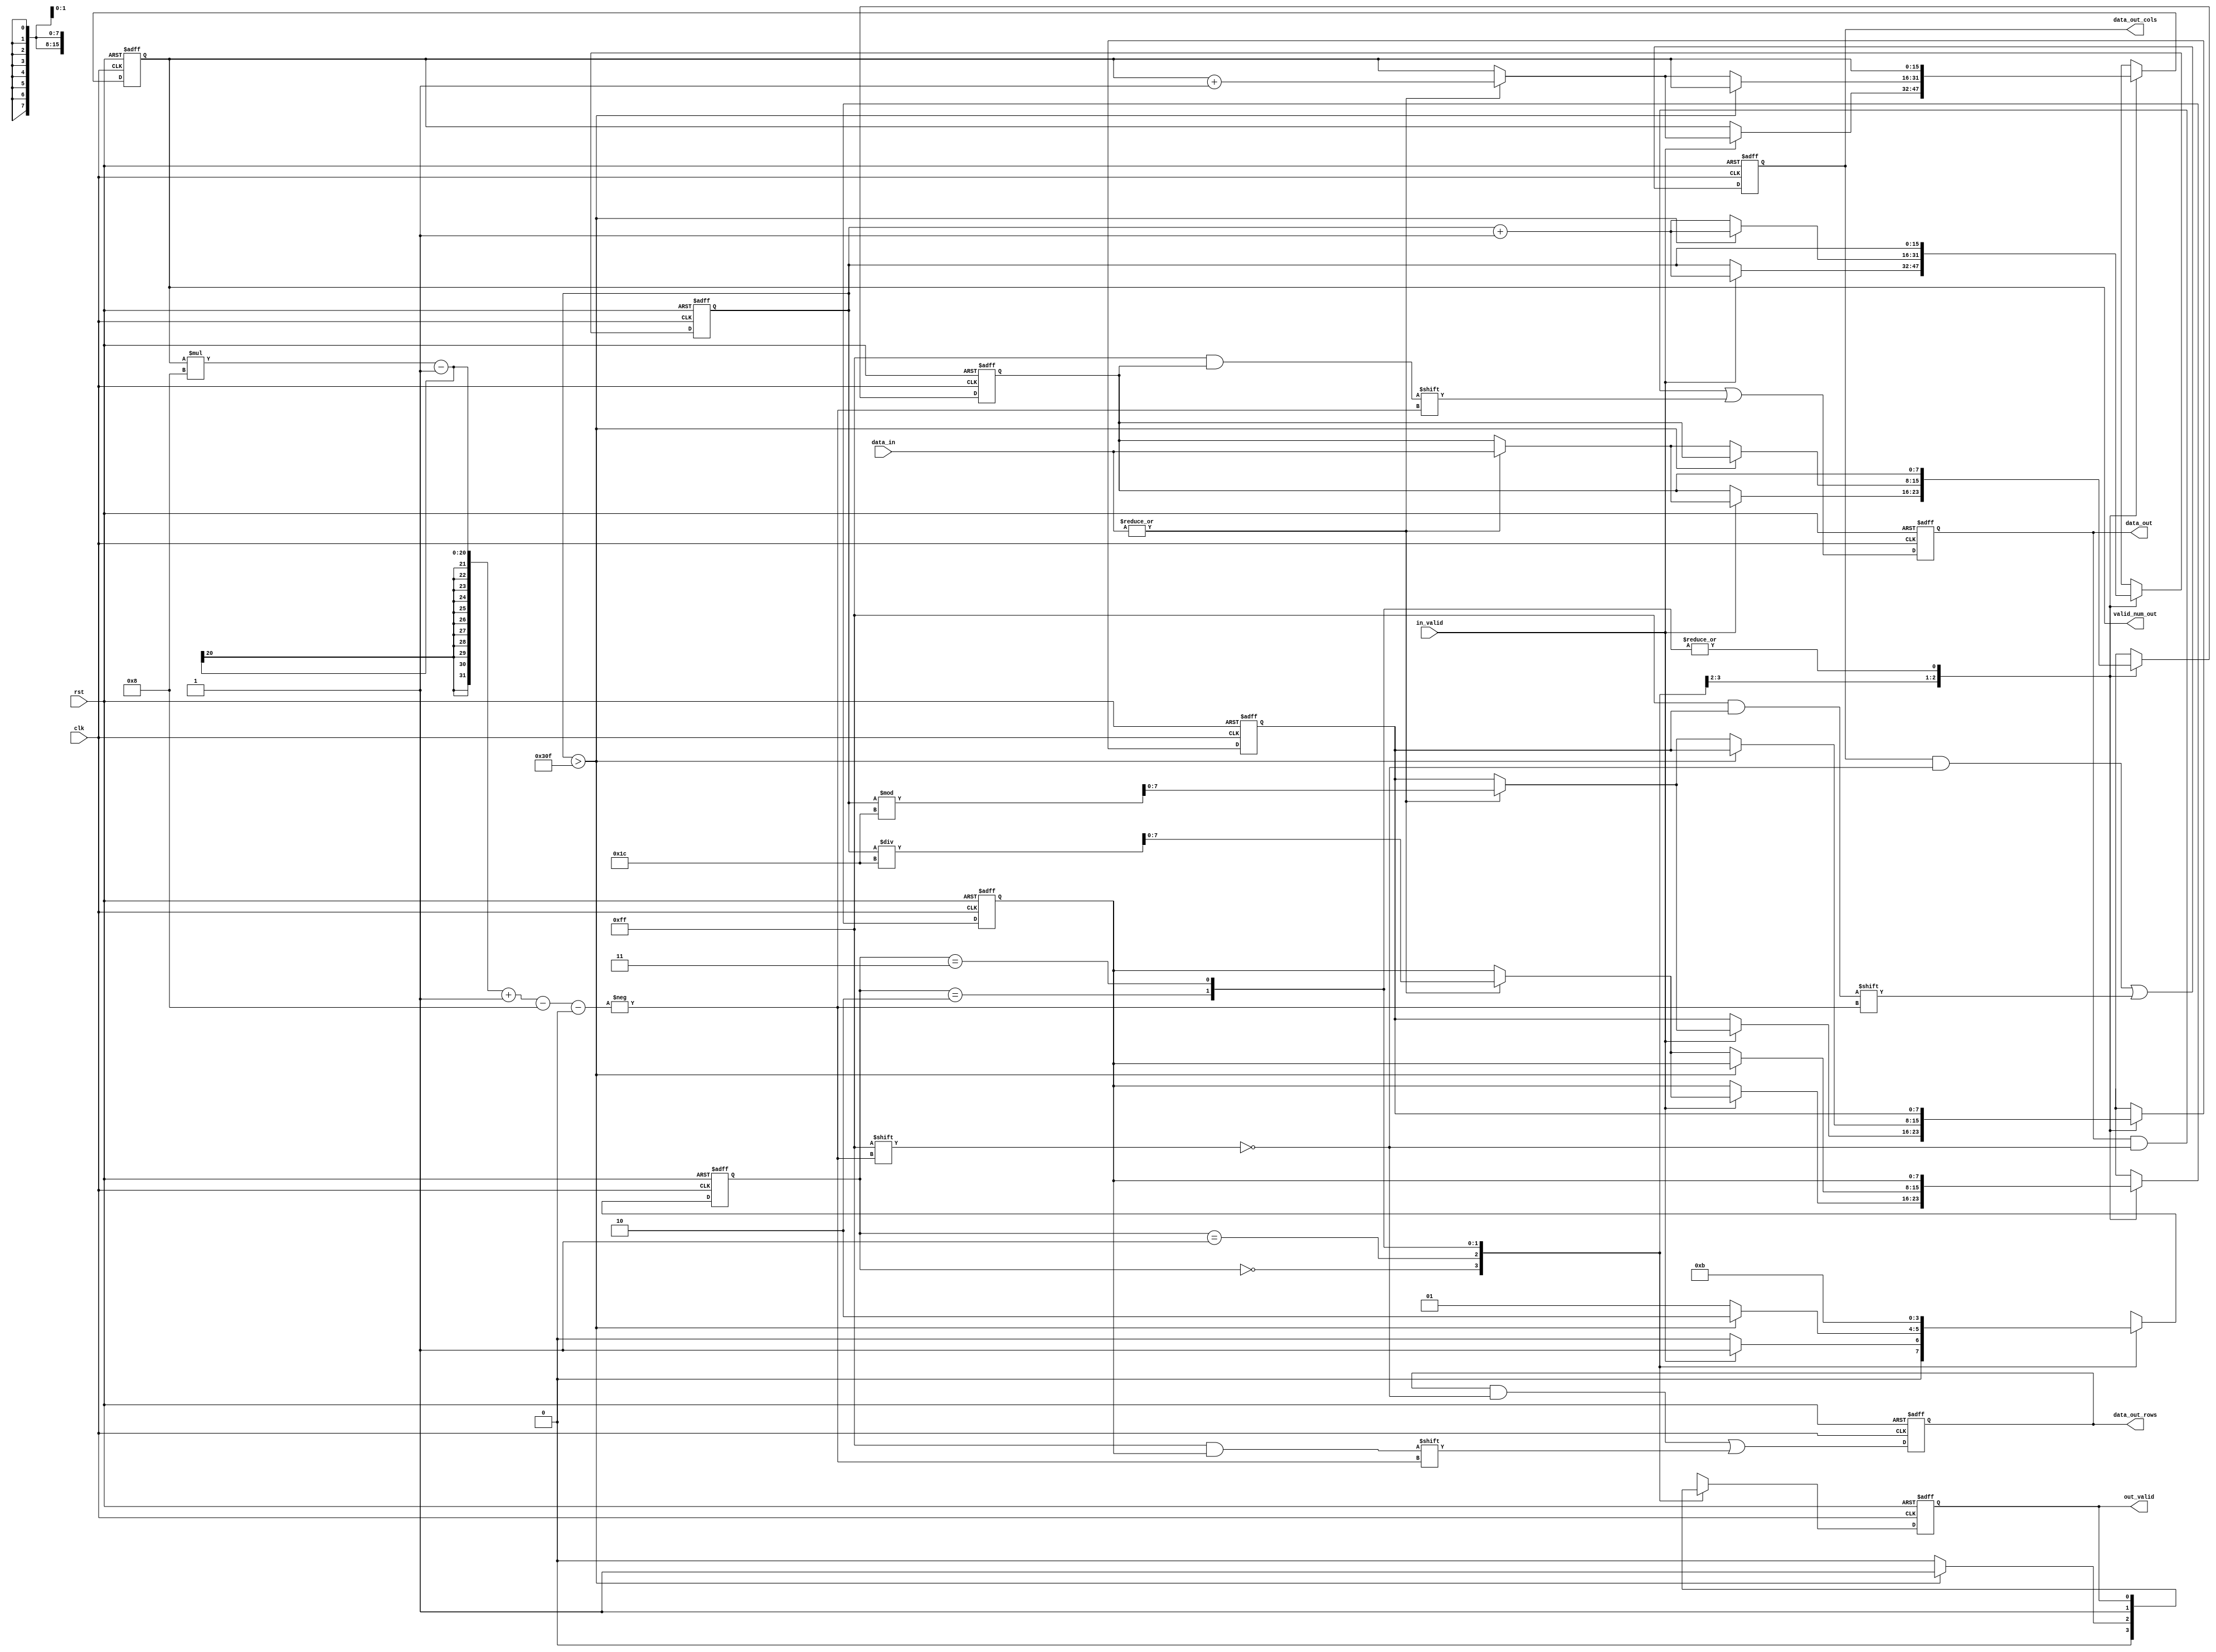
module CSR#
(
    parameter col_length = 8,
    parameter word_length = 8,
    parameter double_word_length = 16,
    parameter kernel_size = 5,
    parameter image_size = 28
)
(
    input clk,
    input rst,
    input in_valid,
    input [word_length-1:0] data_in,
    output out_valid,
    output reg [image_size*image_size*word_length-1:0] data_out,
    output reg [image_size*image_size*col_length-1:0] data_out_cols,
    output reg [image_size*image_size*col_length-1:0] data_out_rows,
    output [double_word_length-1:0] valid_num_out
);

reg [double_word_length-1:0] counter,next_counter;
reg [1:0] curr_state,next_state;
reg [double_word_length-1:0] valid_num,next_valid_num;

reg [word_length-1:0] value,next_value;
reg [col_length-1:0] col,next_col,row,next_row;

reg valid,next_valid;
assign out_valid = valid;
assign valid_num_out = valid_num;
parameter IDLE = 2'b00;
parameter CAL = 2'b01;
parameter DONE = 2'b10;
parameter EXCEPTION = 2'b11;
always @(*) begin
    case(curr_state)
    IDLE: begin
        if(in_valid)begin
            next_counter = counter + 'd1;
            next_state = CAL;
            if (|data_in)begin
                next_valid_num = valid_num + 'd1;
                next_value = {data_in};
                next_col = counter % image_size;
                next_row = counter / image_size;
            end
            else begin
                next_valid_num = valid_num;
                next_value = value;
                next_col = col;
                next_row = row;
            end
        end
        else begin
            next_counter = counter;
            next_state = IDLE;
            next_valid_num = valid_num;
            next_value = value;
            next_col = col;
            next_row = row;
        end
        next_valid = 'd0;
    end
    CAL: begin
        if (counter>image_size*image_size-1)begin
            next_counter = counter+ 1'd1;
            next_state = DONE;
            next_valid = 'd1;
            // if (|data_in)begin
            //     next_valid_num = valid_num + 'd1;
            //     next_value = {data_in};
            //     next_col = counter % image_size;
            //     next_row = counter / image_size;
            //     end
            // else begin
            next_valid_num = valid_num;
            next_value = value;
            next_col = col;
            next_row = row;
            //end
        end
        else begin
            next_counter = counter + 'd1;
            next_state = CAL;
            next_valid = 'd0;
            if (|data_in)begin
                next_valid_num = valid_num + 'd1;
                next_value = {data_in};
                next_col = counter % image_size;
                next_row = counter / image_size;
                end
            else begin
                next_valid_num = valid_num;
                next_value = value;
                next_col = col;
                next_row = row;
            end
        end
    end
    DONE: begin
        next_counter = counter;
        next_state = DONE;
        next_valid_num = valid_num;
        next_value = value;
        next_col = col;
        next_row = row;
        next_valid = 'd1;
    end
    EXCEPTION: begin
        next_counter = counter;
        next_state = EXCEPTION;
        next_valid_num = valid_num;
        next_value = value;
        next_col = col;
        next_row = row;
        next_valid = valid;
    end
    endcase
    
end
always @(posedge clk or posedge rst) begin
    if (rst)begin
        counter <= 'd0;
        curr_state <= IDLE;
        valid_num <= 'd0;
        data_out <= 'd0;
        data_out_cols <= 'd0;
        data_out_rows <= 'd0;
        value <= 'd0;
        col <= 'd0;
        row <= 'd0;
        valid <= 'd0;
    end
    else begin
        counter <= next_counter; 
        curr_state <= next_state;
        valid_num <= next_valid_num;
        value <= next_value;
        col <= next_col;
        row <= next_row;
        data_out[(valid_num)*word_length-1-:word_length] <= value;
        data_out_cols[(valid_num)*col_length-1-:col_length] <= col;
        data_out_rows[(valid_num)*col_length-1-:col_length] <= row;
        valid <= next_valid;
    end
end
endmodule